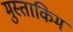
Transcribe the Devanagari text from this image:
मुस्ताकिम